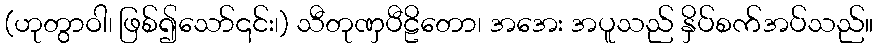
(ဟုတွာဝါ၊ ဖြစ်၍သော်၎င်း၊) သီတုဏှပီဠိတော၊ အအေး အပူသည် နှိပ်စက်အပ်သည်။